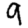
Digit: 9